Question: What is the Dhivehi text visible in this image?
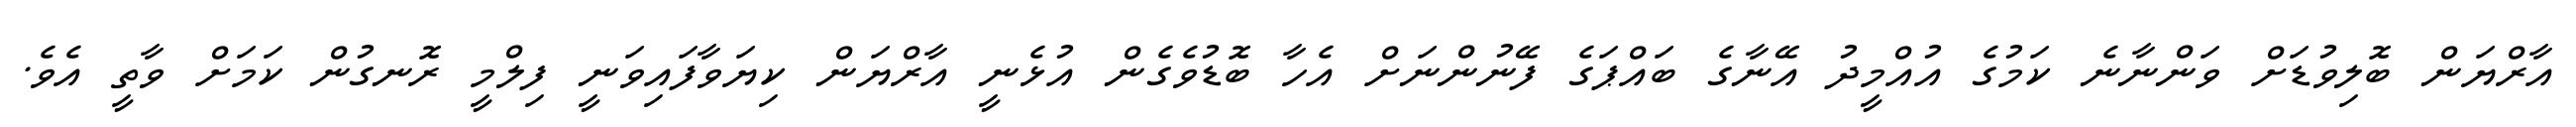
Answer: އާރްޔަން ބޮލިވުޑަށް ވަންނާނެ ކަމުގެ އުއްމީދު އޭނާގެ ބައްޕަގެ ފޭނުންނަށް އެހާ ބޮޑުވެގެން އުޅެނީ އާރްޔަން ކިޔަވާފައިވަނީ ފިލްމީ ރޮނގުން ކަމަށް ވާތީ އެވެ.